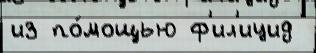
из по́мощью ф'ил'ицид